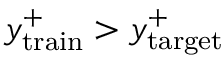
y _ { \mathrm { t r a i n } } ^ { + } > y _ { \mathrm { t a r g e t } } ^ { + }